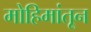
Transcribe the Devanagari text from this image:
मोहिमांतून